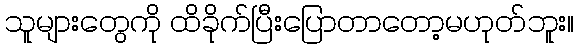
သူများတွေကို ထိခိုက်ပြီးပြောတာတော့မဟုတ်ဘူး။